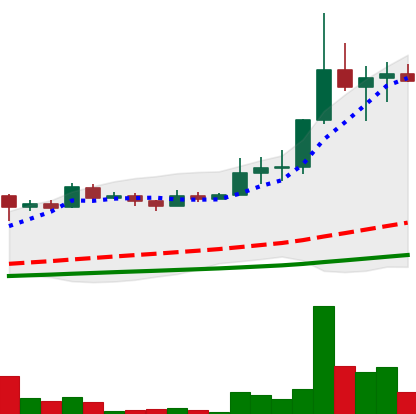
Ticker: LINK-USD
Chart end date: 2019-07-03
Forward return: -5.587%
Label: down_5_7